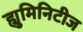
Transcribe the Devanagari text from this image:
ह्युमिनिटीज